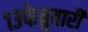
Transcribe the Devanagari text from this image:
१३फेब्रुवारी